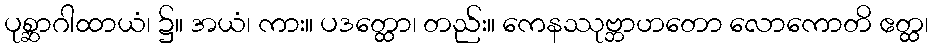
ပုစ္ဆာဂါထာယံ၊ ၌။ အယံ၊ ကား။ ပဒတ္ထော၊ တည်း။ ကေနဿုဗ္ဘာဟတော လောကောတိ ဧတ္ထ၊